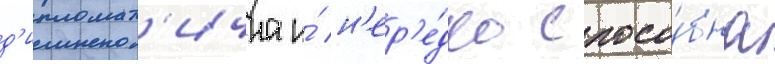
д'ипломат'ична и́ н'ер'е́дко спосо́бна